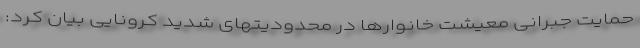
حمایت جبرانی معیشت خانوارها در محدودیتهای شدید کرونایی بیان کرد: